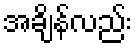
အချိန်လည်း